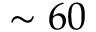
\sim 6 0